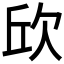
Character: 𣢥